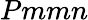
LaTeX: Pmmn